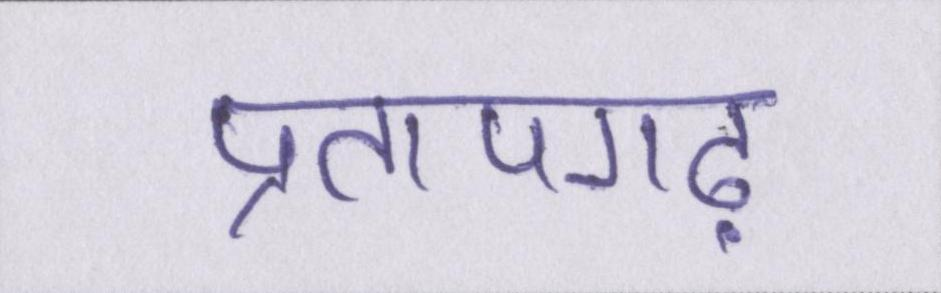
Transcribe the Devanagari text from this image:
प्रतापगढ़